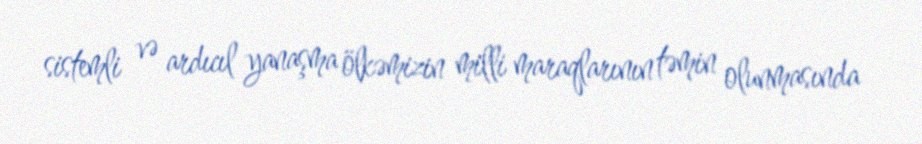
sistemli və ardıcıl yanaşma ölkəmizin milli maraqlarının təmin olunmasında